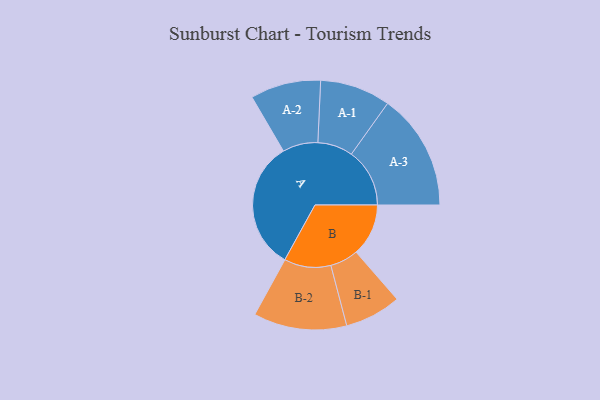
{"axis": {"x": "Segment", "y": "Value"}, "legend": ["", "A", "B"], "data": [{"x": "A", "y": 477, "type": ""}, {"x": "B", "y": 193, "type": ""}, {"x": "A-1", "y": 130, "type": "A"}, {"x": "A-2", "y": 130, "type": "A"}, {"x": "A-3", "y": 215, "type": "A"}, {"x": "B-1", "y": 104, "type": "B"}, {"x": "B-2", "y": 172, "type": "B"}]}